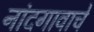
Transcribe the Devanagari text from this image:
नांदगावाचे